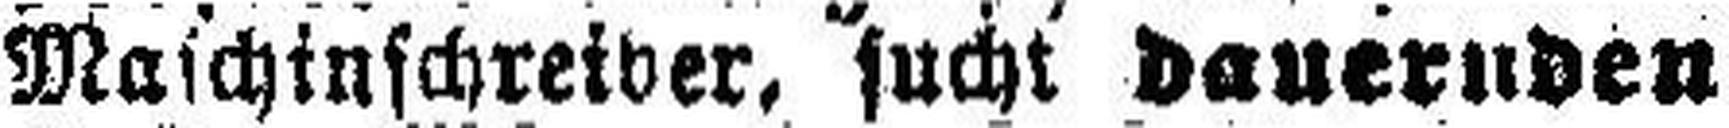
Maschinschreiber, sucht dauernden